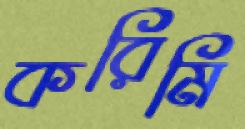
করিমি